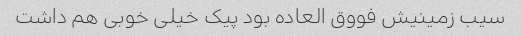
سیب زمینیش فووق العاده بود پیک خیلی خوبی هم داشت